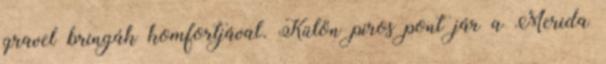
gravel bringák komfortjával. Külön piros pont jár a Merida